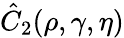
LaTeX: \hat{C}_{2}(\rho,\gamma,\eta)